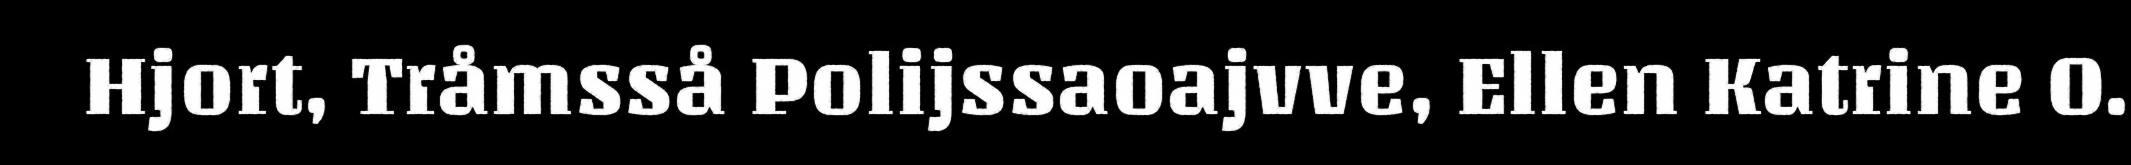
Hjort, Tråmsså Polijssaoajvve, Ellen Katrine O.